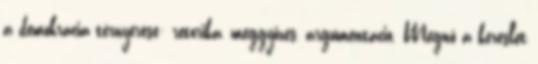
a demokrácia térnyerése: retorika, meggyőzés, argumentáció. Megnő a kereslet